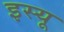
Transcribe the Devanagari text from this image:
इस्यू